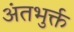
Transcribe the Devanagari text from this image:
अंतभुर्क्त